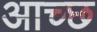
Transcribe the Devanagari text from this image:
आच्छ